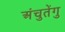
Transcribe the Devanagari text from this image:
अंचुतेंगु